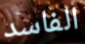
الفاسد